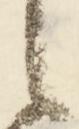
之